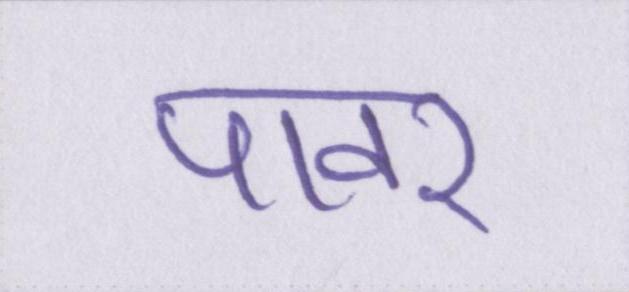
पावर